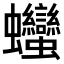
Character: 𧖣